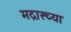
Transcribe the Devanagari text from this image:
मद्रास्च्या